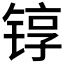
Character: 𬭚